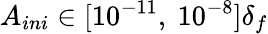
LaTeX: A_{ini}\in[10^{-11},~10^{-8}]\delta_{f}